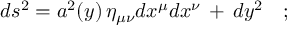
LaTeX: d s ^ { 2 } = a ^ { 2 } ( y ) \, \eta _ { \mu \nu } d x ^ { \mu } d x ^ { \nu } \, + \, d y ^ { 2 } \quad ;